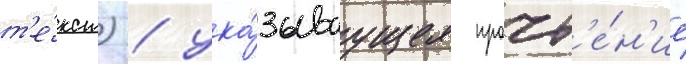
т'е́кст) / ука́зываущее прочт'е́н'ие